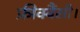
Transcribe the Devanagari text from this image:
फ्रीक्वैंसी।